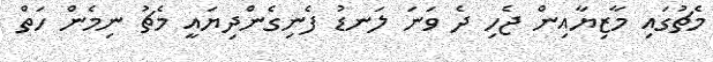
މެޗުގައި މާޒިޔާއިން ޖެހި ދެ ވަނަ ލަނޑު ފެނިގެންދިޔައީ މެޗު ނިމެން ހަތް